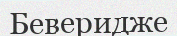
Беверидже